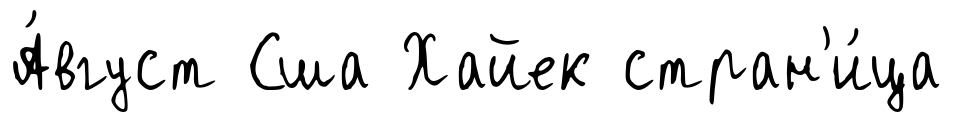
А́вгуст Сша Хайек стран'и́ца